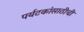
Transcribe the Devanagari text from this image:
पर्यटकांसाठीची